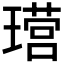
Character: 𮴶